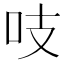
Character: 吱